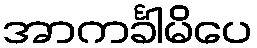
အာကင်္ခါမိပေ